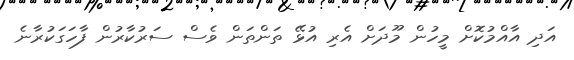
އަދި އާއްމުކޮށް މީހުން މޫދަށް އެރި އުޅޭ ތަންތަން ވެސް ސަރުކާރުން ފާހަގަކުރާނެ